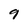
Character: 9